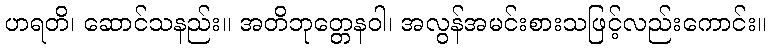
ဟရတိ၊ ဆောင်သနည်း။ အတိဘုတ္တေနဝါ၊ အလွန်အမင်းစားသဖြင့်လည်းကောင်း။